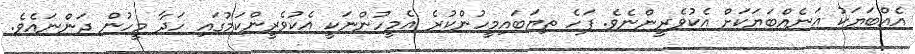
އެއްބަޔަކު އަނެއްބަޔަކަށް އެކުވެރީންނެވެ. ފަހެ ތިޔަބައިމީހުންކުރެ އެމީހުންނަކީ އެކުވެރީންކަމުގައި ހަދާ މީހުން ދަންނައެވެ.